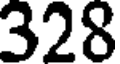
328